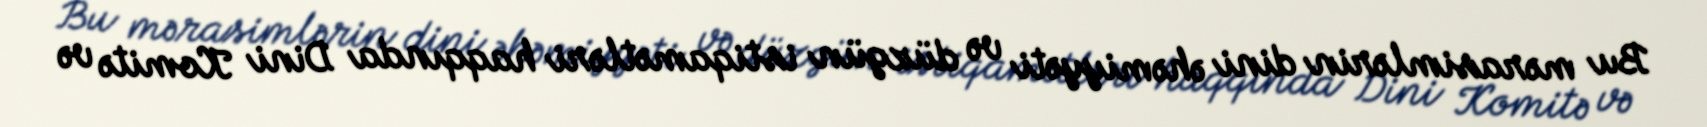
Bu mərasimlərin dini əhəmiyyəti və düzgün istiqamətləri haqqında Dini Komitə və